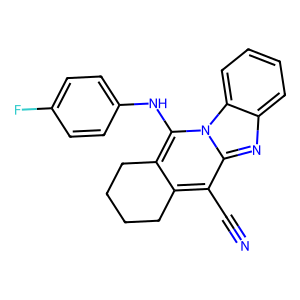
SMILES: N#Cc1c2c(c(Nc3ccc(F)cc3)n3c1nc1ccccc13)CCCC2
Inhibits HIV replication: No